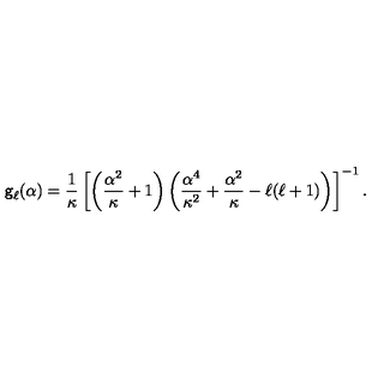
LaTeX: { \sf g } _ { \ell } ( { \alpha } ) = \frac { 1 } { \kappa } \left[ \left( { \frac { \alpha ^ { 2 } } { \kappa } + 1 } \right) \left( \frac { \alpha ^ { 4 } } { \kappa ^ { 2 } } + \frac { \alpha ^ { 2 } } { \kappa } - { \ell } ( { \ell } + 1 ) \right) \right] ^ { - 1 } .